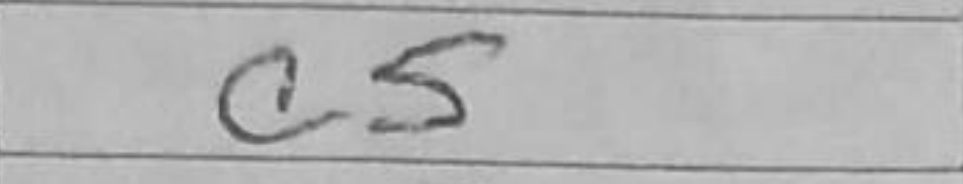
Transcription: c5